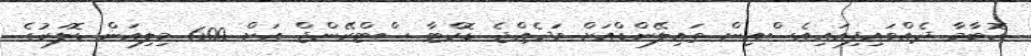
އޮބާމާ ދެއްވައިފިއައިއެސްއިން ތައިލޭންޑްއަށް ވަދެއްޖެ ޑޮކްޓާ ސްޓްރޭންޖް އަށް 600 މިލިއަން ޑޮލަރުގެ